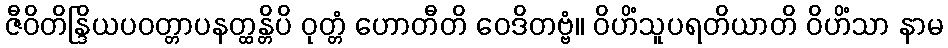
ဇီဝိတိန္ဒြိယပဝတ္တာပနတ္ထန္တိပိ ဝုတ္တံ ဟောတီတိ ဝေဒိတဗ္ဗံ။ ဝိဟိံသူပရတိယာတိ ဝိဟိံသာ နာမ